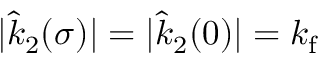
| \hat { k } _ { 2 } ( \sigma ) | = | \hat { k } _ { 2 } ( 0 ) | = k _ { \mathrm { f } }